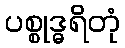
ပစ္စုဒ္ဓရိတုံ